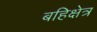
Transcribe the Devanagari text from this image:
बहिक्षेत्र